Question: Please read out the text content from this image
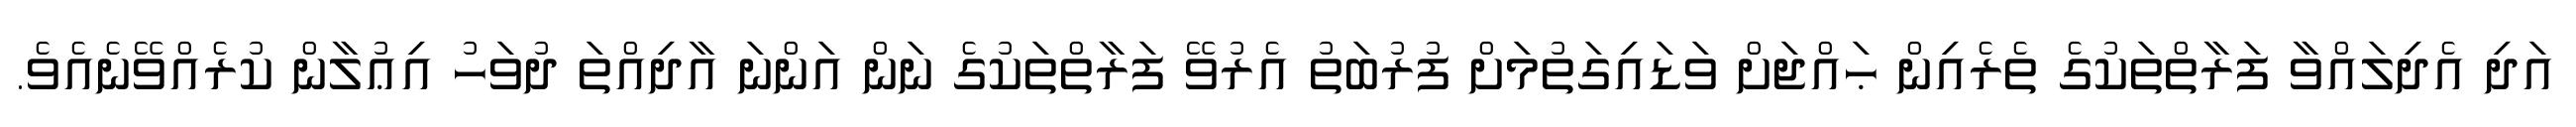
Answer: އަދި އެދިލައްވާ ފަރާތްތަކުގެ ތެރެއިން ޙައްޖަށް ވަޑައިގަތުމަށް ފުރުބަތު އެރުވޭ ފަރާތްތަކުގެ ނަން އަންނަ އާދިއްތަ ދުވަހު އިޢުލާން ކުރެއްވޭނެއެވެ.